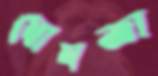
ঘোষজা